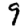
Digit: 9